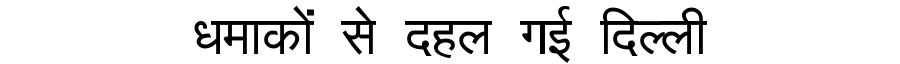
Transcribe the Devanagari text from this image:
धमाकों से दहल गई दिल्ली